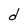
Character: d